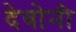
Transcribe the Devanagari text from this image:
देवोनी